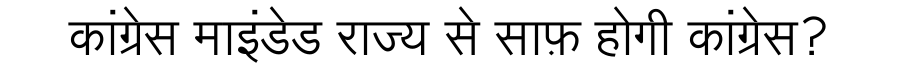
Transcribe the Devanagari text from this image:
कांग्रेस माइंडेड राज्य से साफ़ होगी कांग्रेस?